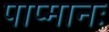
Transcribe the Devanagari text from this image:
पाप्मानः